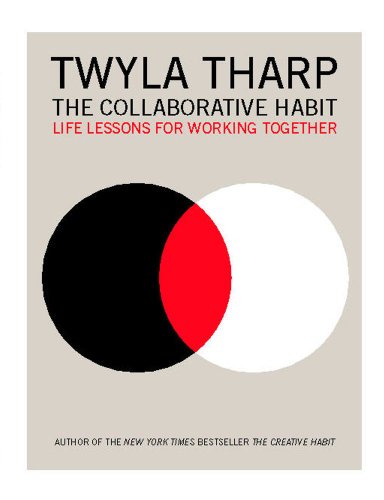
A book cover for The Collaborative Habit: Life Lessons for Working Together; Twyla Tharp; Humor & Entertainment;